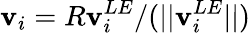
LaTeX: \mathbf{v}_{i}=R\mathbf{v}_{i}^{LE}/(||\mathbf{v}_{i}^{LE}||)